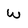
Character: W